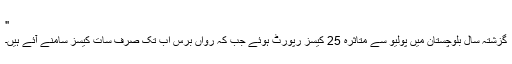
"
گزشتہ سال بلوچستان میں پولیو سے متاثرہ 25 کیسز رپورٹ ہوئے جب کہ رواں برس اب تک صرف سات کیسز سامنے آئے ہیں۔